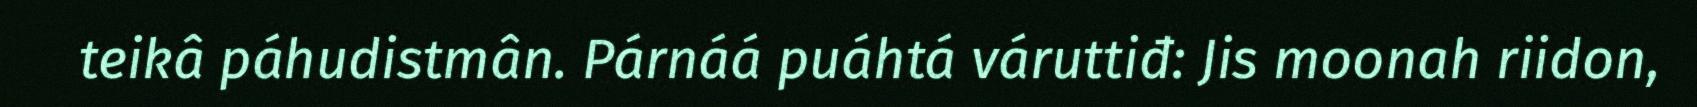
teikâ páhudistmân. Párnáá puáhtá váruttiđ: Jis moonah riidon,